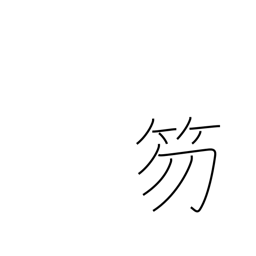
Meaning: baton